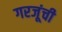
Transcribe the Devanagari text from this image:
गरजूंची